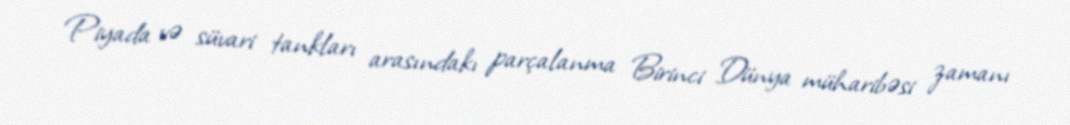
Piyada və süvari tankları arasındakı parçalanma Birinci Dünya müharibəsi zamanı